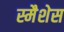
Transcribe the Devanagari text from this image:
स्मैशेस